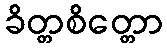
ခိတ္တစိတ္တော